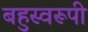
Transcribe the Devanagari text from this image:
बहुस्वरूपी